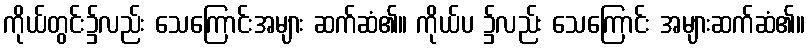
ကိုယ်တွင်း၌လည်း သေကြောင်းအများ ဆက်ဆံ၏။ ကိုယ်ပ ၌လည်း သေကြောင်း အများဆက်ဆံ၏။